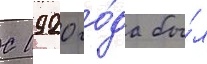
С 1920 го́да бы́л